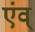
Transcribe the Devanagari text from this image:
एंव्